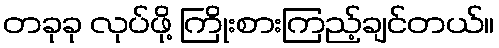
တခုခု လုပ်ဖို့ ကြိုးစားကြည့်ချင်တယ်။